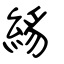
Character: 絼